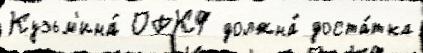
Кузьм'ина́ ОРКФ должна́ доста́тка